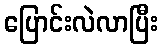
ပြောင်းလဲလာပြီး